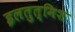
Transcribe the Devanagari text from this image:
इलतुत्मिश